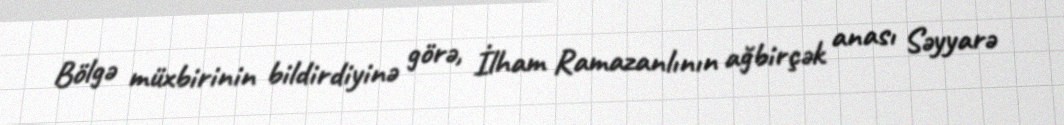
Bölgə müxbirinin bildirdiyinə görə, İlham Ramazanlının ağbirçək anası Səyyarə